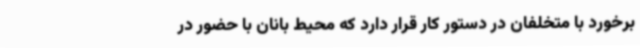
برخورد با متخلفان در دستور کار قرار دارد که محیط بانان با حضور در